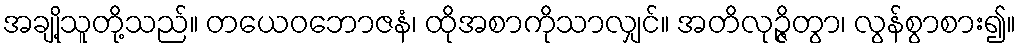
အချို့သူတို့သည်။ တယေဝဘောဇနံ၊ ထိုအစာကိုသာလျှင်။ အတိလုဉ္ဇိတွာ၊ လွန်စွာစား၍။